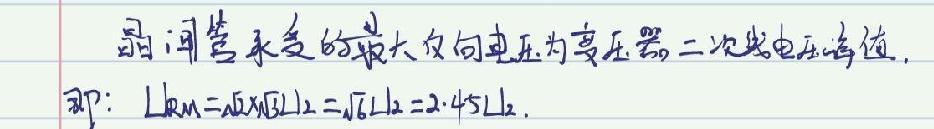
晶闸管承受的最大反向电压为变压器二次线电压峰值，即：$U_{RM}=\sqrt{2}\times\sqrt{3}U_{2}=\sqrt{6}U_{2}=2.45U_{2}$.